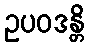
ဥပဝဒန္တိ